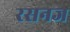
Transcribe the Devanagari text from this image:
रसनज